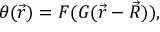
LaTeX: \theta ( \vec { r } ) = F ( G ( \vec { r } - \vec { R } ) ) ,